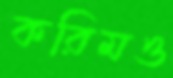
করিমও